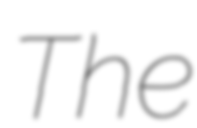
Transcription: The